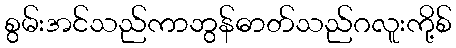
စွမ်းအင်သည်ကာဘွန်ဓာတ်သည်ဂလူးကို့စ်